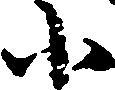
小